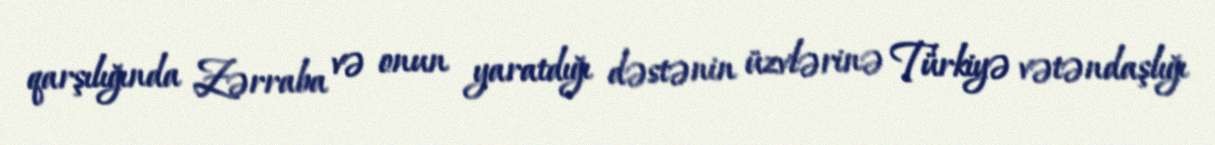
qarşılığında Zərraba və onun yaratdığı dəstənin üzvlərinə Türkiyə vətəndaşlığı